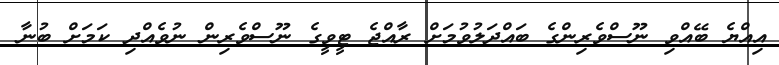
އިއްޔެ ބޭއްވި ނޫސްވެރިންގެ ބައްދަލުވުމަށް ރާއްޖެ ޓީވީގެ ނޫސްވެރިން ނުވެއްދި ކަމަށް ބުނާ